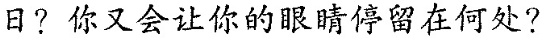
日？你又会让你的眼睛停留在何处?